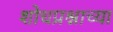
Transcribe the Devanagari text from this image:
शोधप्रश्नाच्या